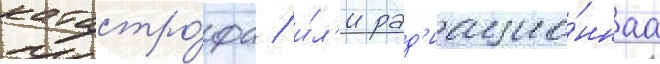
катастро́фа / и́л'и рад'иацио́ннаа